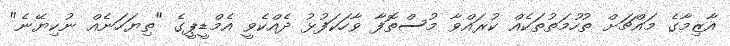
އާޒިމާގެ މައްޗަށް ތުހުމަތުތަކެއް ކުރައްވާ މުސްތޮފާ ވާހަކަފުޅު ދެއްކެވީ އެމްޑީޕީގެ "ތިޔަހަނެއް ނުކިޔޭނެ"